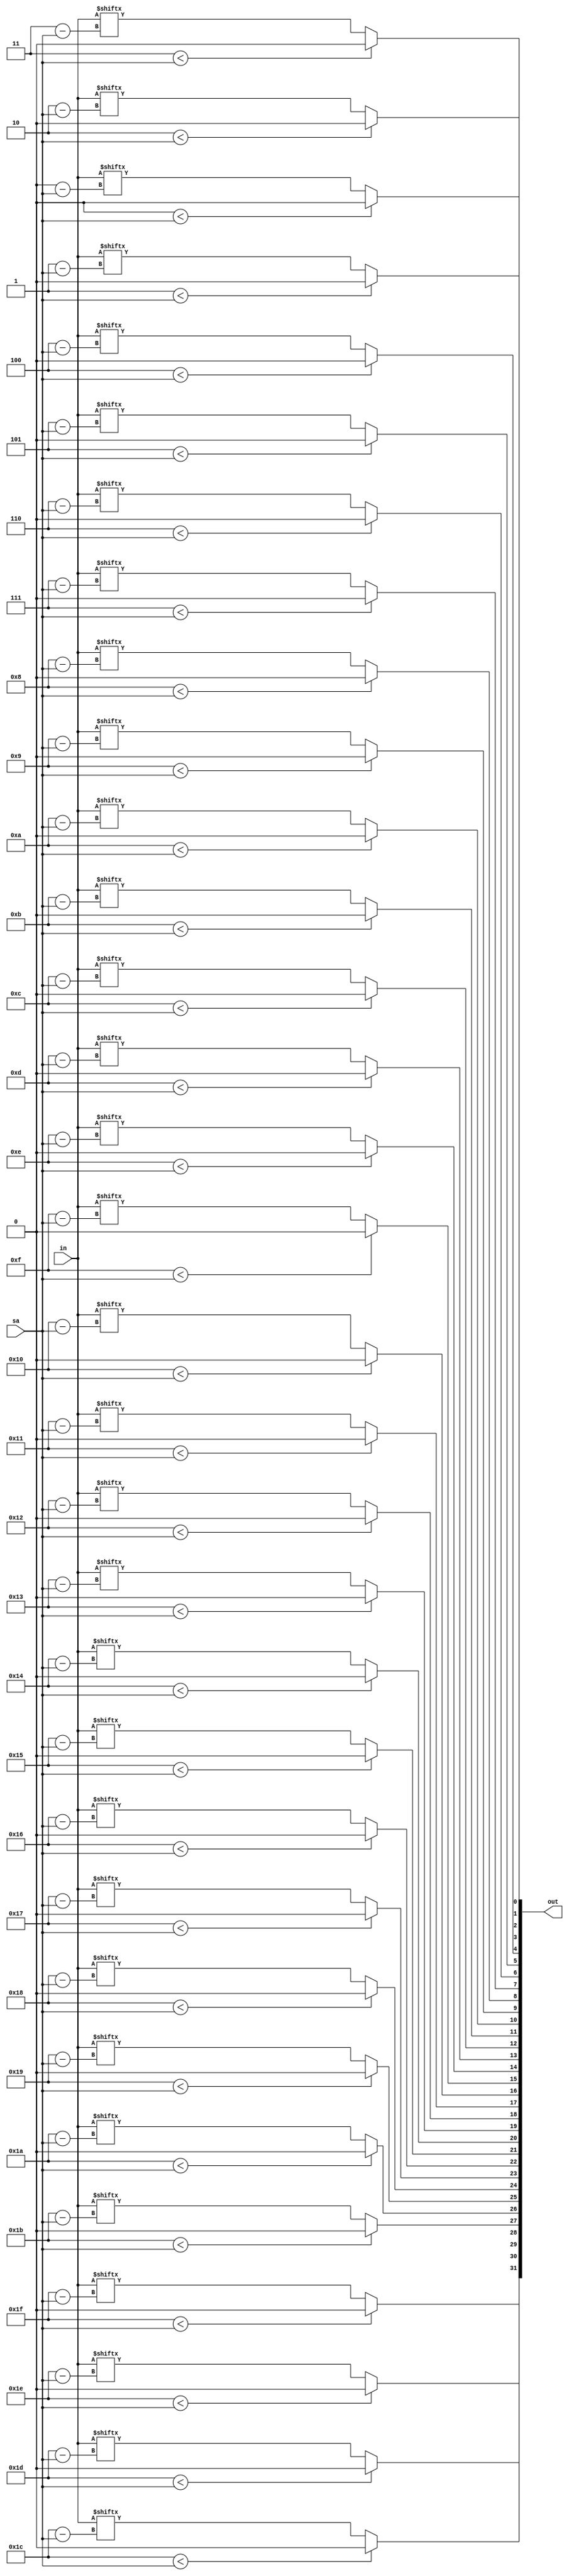
`timescale 1ns / 1ps
//////////////////////////////////////////////////////////////////////////////////
// Company: 
// Engineer: 
// 
// Design Name: 
// Module Name: sll
// Project Name: 
// Target Devices: 
// Tool Versions: 
// Description: 
// 
// Dependencies: 
// 
// Revision:
// Revision 0.01 - File Created
// Additional Comments:
// 
//////////////////////////////////////////////////////////////////////////////////


module sll (
    input  wire [31:0] in,
    input  wire [ 4:0] sa,
    output wire [31:0] out
);

genvar i;
generate for (i=0; i<32; i=i+1) begin : gen_for_sll
    assign out[i] = (i < sa) ? 0 : (in[i-sa]);
end endgenerate

// genvar i;
// generate for (i=0; i<32; i=i+1) begin : gen_for_sll
    // assign out[i] = (i < sa) ? (in[i+32-sa]) : (in[i-sa]);
// end endgenerate

endmodule